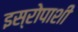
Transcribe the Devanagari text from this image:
इस्रोपाशी